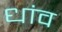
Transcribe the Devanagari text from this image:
धांव